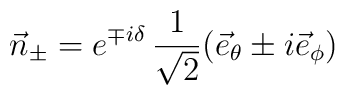
\vec{n}_{\pm}  = e^{\mp i \delta } \,  \frac{1}{\sqrt{2}} ( \vec{e}_{\theta} \pm i \vec{e}_{\phi} )